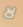
لا